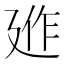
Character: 𢌣